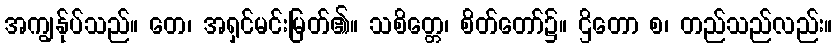
အကျွန်ုပ်သည်။ တေ၊ အရှင်မင်းမြတ်၏။ သစိတ္တေ၊ စိတ်တော်၌။ ဌိတော စ၊ တည်သည်လည်း။